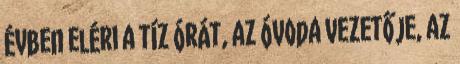
évben eléri a tíz órát, az óvoda vezetője, az